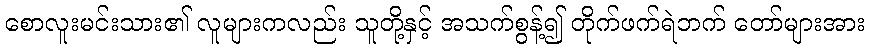
စောလူးမင်းသား၏ လူများကလည်း သူတို့နှင့် အသက်စွန့်၍ တိုက်ဖက်ရဲဘက် တော်များအား